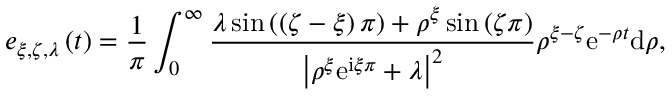
e _ { \xi , \zeta , \lambda } \left( t \right) = \frac { 1 } { \pi } \int _ { 0 } ^ { \infty } \frac { \lambda \sin \left( \left( \zeta - \xi \right) \pi \right) + \rho ^ { \xi } \sin \left( \zeta \pi \right) } { \left\vert \rho ^ { \xi } \mathrm { e } ^ { \mathrm { i } \xi \pi } + \lambda \right\vert ^ { 2 } } \rho ^ { \xi - \zeta } \mathrm { e } ^ { - \rho t } \mathrm { d } \rho ,